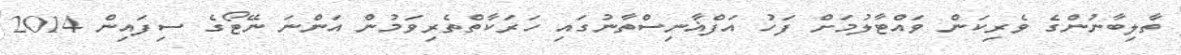
ތާލިބާނުންގެ ވެރިކަން ވައްޓާލުމަށް ފަހު އަފްޣާނިސްތާނުގައި ހަރަކާތްތެރިވަމުން އަންނަ ނޭޓޯގެ ސިފައިން 2014